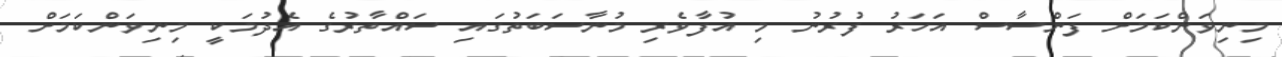
މިނިވަންކަމަށް ފަންސާސް އަހަރު ފުރުނު މި އުފާވެރި މުނާސަބަތުގައި ސައްތާރުގެ އެދުމަކީ މިނިވަންކަމަށް